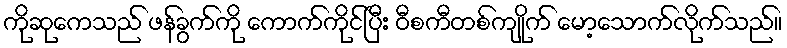
ကိုဆုကေသည် ဖန်ခွက်ကို ကောက်ကိုင်ပြီး ဝီစကီတစ်ကျိုက် မော့သောက်လိုက်သည်။